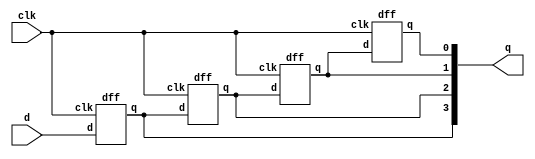
`timescale 1ns / 1ps
//////////////////////////////////////////////////////////////////////////////////
// Company: 
// Engineer: 
// 
// Design Name: 
// Module Name: SIPO_REG
// Project Name: 
// Target Devices: 
// Tool Versions: 
// Description: 
// 
// Dependencies: 
// 
// Revision:
// Revision 0.01 - File Created
// Additional Comments:
// 
//////////////////////////////////////////////////////////////////////////////////


module SIPO_REG(d,clk,q);
input d,clk;
output [3:0]q;
dff a1(d,clk,q[3]);
dff a2(q[3],clk,q[2]);
dff a3(q[2],clk,q[1]);
dff a4(q[1],clk,q[0]);
endmodule

module dff(d,clk,q);
input d,clk;
output q;
reg q=0;
always @(posedge clk)
begin
q<=d;
end
endmodule